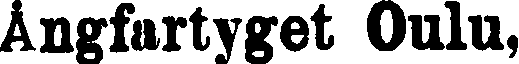
Ångfartyget Oulu,